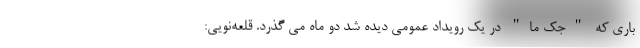
باری که "جک ما" در یک رویداد عمومی دیده شد دو ماه می گذرد. قلعه‌نویی: